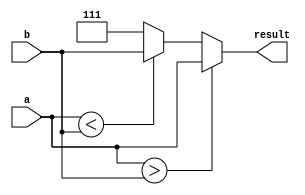
module if_else_example (
    input wire [2:0] a,
    input wire [2:0] b,
    output reg [2:0] result
);

always @(*) begin
    if(a > b) begin
        result = a;
    end
    else if(a < b) begin
        result = b;
    end
    else begin
        result = 3'b111; // If a equals b
    end
end

endmodule